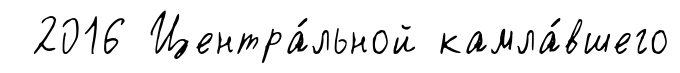
2016 Центра́льной камла́вшего